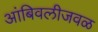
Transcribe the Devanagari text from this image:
आंबिवलीजवळ